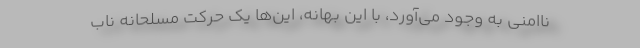
ناامنی به‌ وجود می‌آورد، با این بهانه، این‌ها یک حرکت مسلحانه ناب